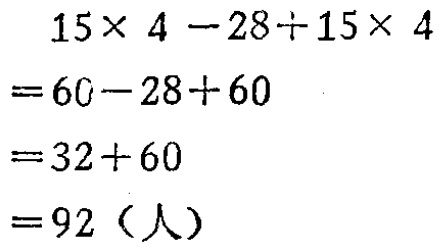
\[
\begin{align*}
&15\times 4 - 28\div 15\times 4\\
=&60 - 28\div 15\times 4\\
=&60-\frac{28}{15}\times 4\\
=&60-\frac{112}{15}\\
=&\frac{900}{15}-\frac{112}{15}\\
=&\frac{788}{15}
\end{align*}
\]